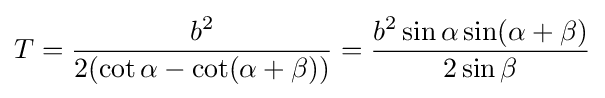
T={\frac {b^{2}}{2(\cot \alpha -\cot(\alpha +\beta ))}}={\frac {b^{2}\sin \alpha \sin(\alpha +\beta )}{2\sin \beta }}